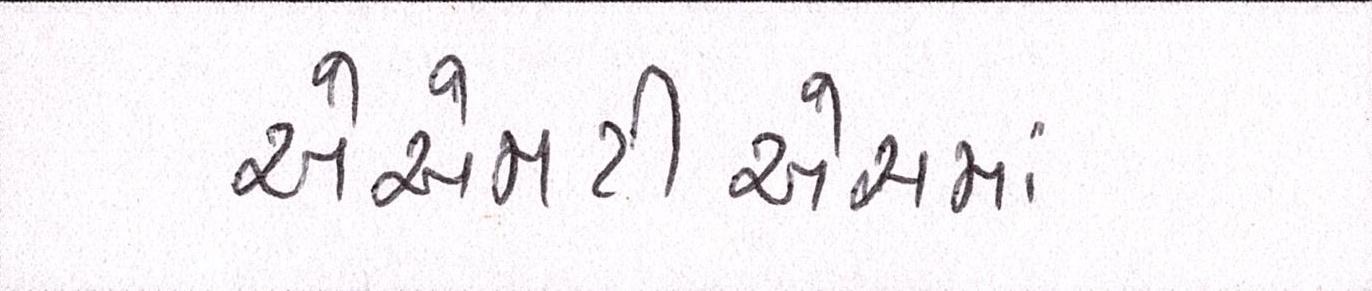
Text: એએમટીએસમાં